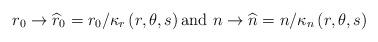
LaTeX: \begin{align*}r_0\rightarrow \widehat{r}_0=r_{0}/\kappa _r\left( r,\theta ,s\right) \mbox{and }n\rightarrow \widehat{n}=n/\kappa _n\left( r,\theta ,s\right)\end{align*}